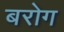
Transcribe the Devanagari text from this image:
बरोग